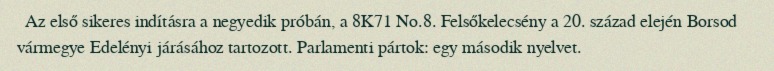
Az első sikeres indításra a negyedik próbán, a 8K71 No.8. Felsőkelecsény a 20. század elején Borsod vármegye Edelényi járásához tartozott. Parlamenti pártok: egy második nyelvet.